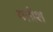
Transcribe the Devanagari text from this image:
यतीश